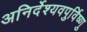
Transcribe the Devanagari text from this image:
अनिर्देश्यवपुर्विष्णु